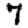
Digit: 7